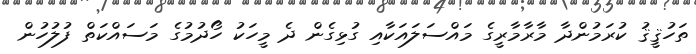
ތަހުޤީޤު ކުރަމުންދާ މާރާމާރީގެ މައްސަލައަކާއި ގުޅިގެން ދެ މީހަކު ހޯދުމުގެ މަސައްކަތް ފުލުހުން